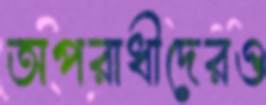
অপরাধীদেরও